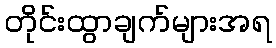
တိုင်းထွာချက်များအရ